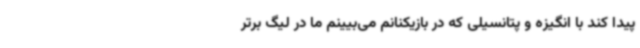
پیدا کند با انگیزه و پتانسیلی که در بازیکنانم می‌بیینم ما در لیگ برتر